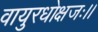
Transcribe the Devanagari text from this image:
वायुरधोक्षजः।।